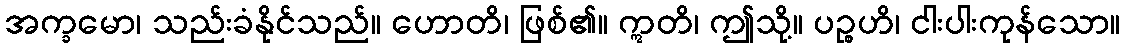
အက္ခမော၊ သည်းခံနိုင်သည်။ ဟောတိ၊ ဖြစ်၏။ ဣတိ၊ ဤသို့။ ပဉ္စဟိ၊ ငါးပါးကုန်သော။